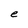
Character: e